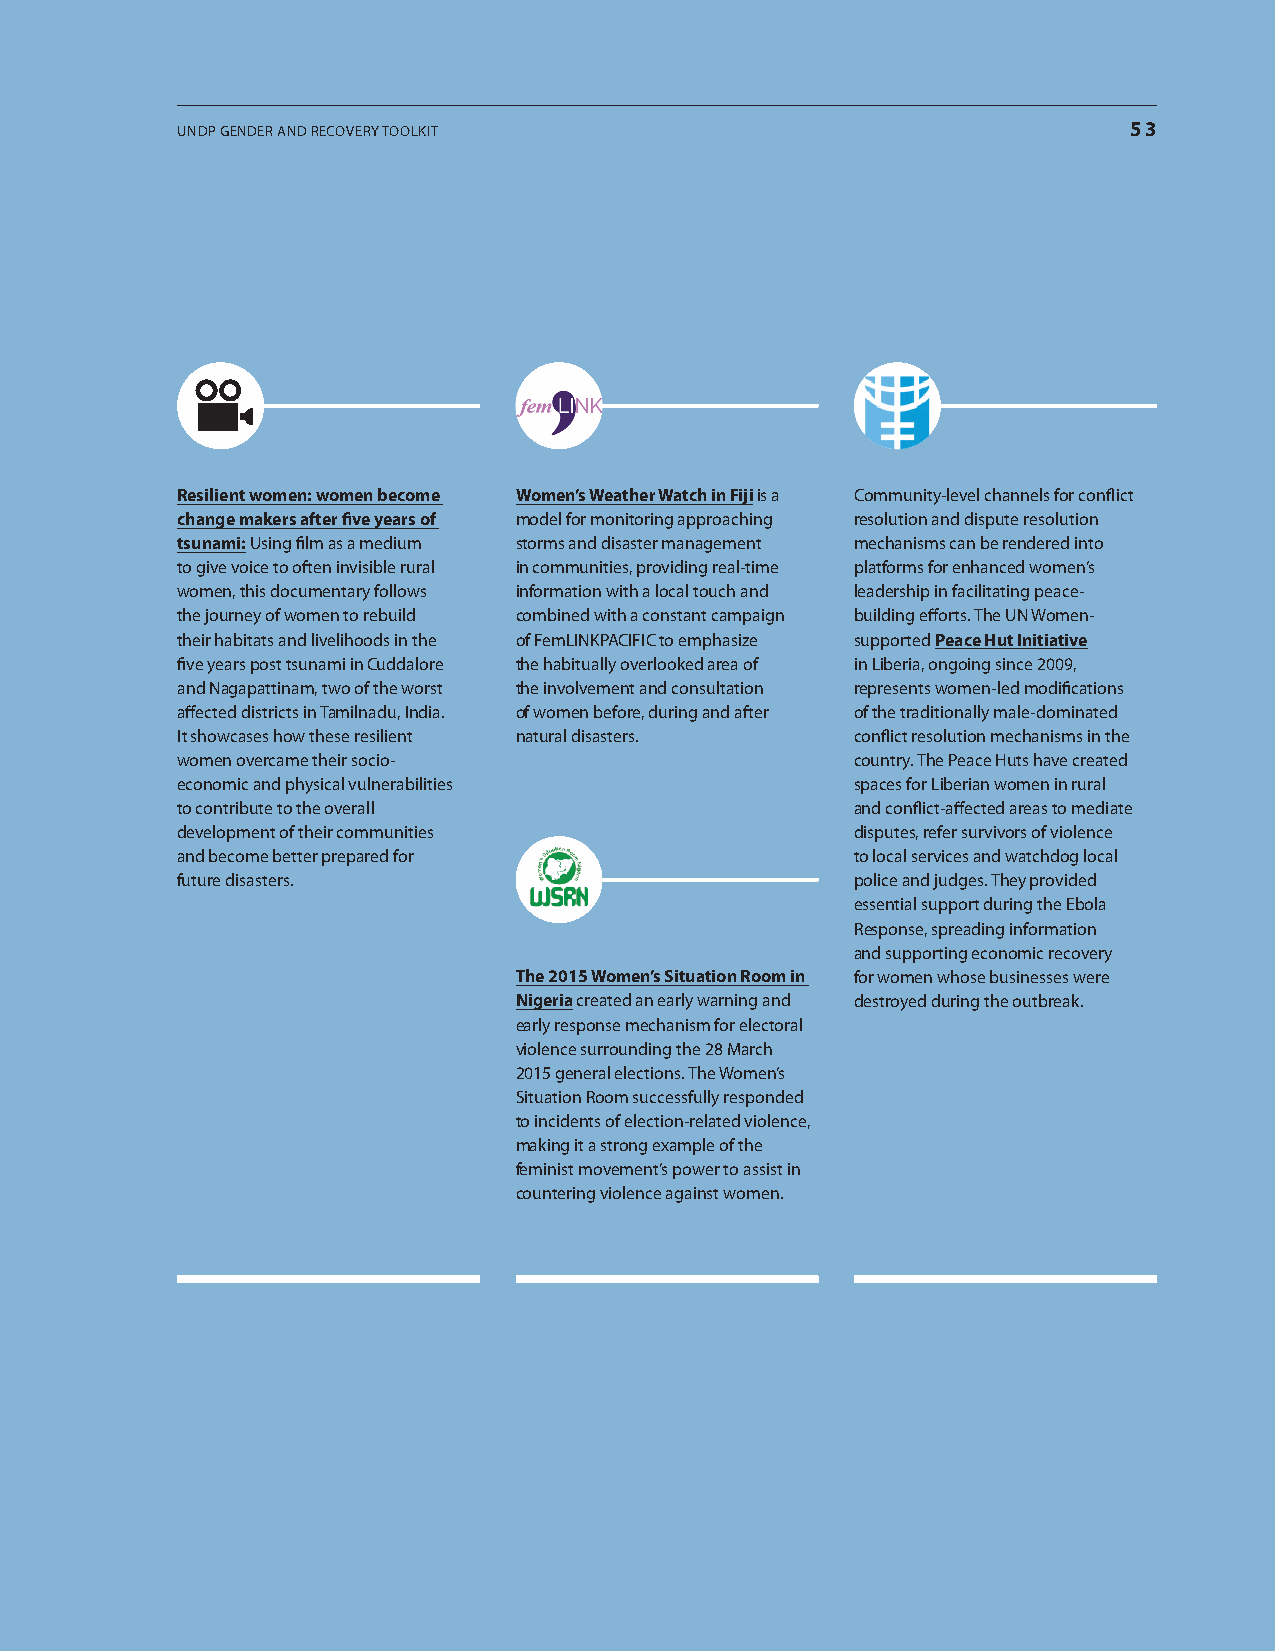
UndP gender and recovery toolkit                               53
 Resilient women: women become Women’s Weather Watch in Fiji is a community-level channels for conflict
 change makers after five years of model for monitoring approaching resolution and dispute resolution
 tsunami: Using film as a medium storms and disaster management mechanisms can be rendered into
 to give voice to often invisible rural in communities, providing real-time platforms for enhanced women’s
 women, this documentary follows information with a local touch and leadership in facilitating peace-
 the journey of women to rebuild combined with a constant campaign building efforts. the Un women-
 their habitats and livelihoods in the of femlinkPacific to emphasize supported peace Hut initiative
 five years post tsunami in Cuddalore the habitually overlooked area of in liberia, ongoing since 2009,
 and nagapattinam, two of the worst the involvement and consultation represents women-led modifications
 affected districts in tamilnadu, india. of women before, during and after of the traditionally male-dominated
 it showcases how these resilient natural disasters. conflict resolution mechanisms in the
 women overcame their socio-                  country. the Peace huts have created
 economic and physical vulnerabilities        spaces for liberian women in rural
 to contribute to the overall                 and conflict-affected areas to mediate
 development of their communities             disputes, refer survivors of violence
 and become better prepared for               to local services and watchdog local
 future disasters.                            police and judges. they provided
 essential support during the ebola
 response, spreading information
 and supporting economic recovery
 The 2015 Women’s situation Room in for women whose businesses were
 nigeria created an early warning and destroyed during the outbreak.
 early response mechanism for electoral
 violence surrounding the 28 march
 2015 general elections. the women’s
 situation room successfully responded
 to incidents of election-related violence,
 making it a strong example of the
 feminist movement’s power to assist in
 countering violence against women.